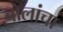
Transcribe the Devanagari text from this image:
बोलांचा